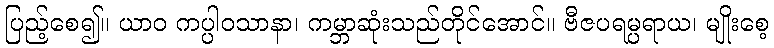
ပြည့်စေ၍။ ယာဝ ကပ္ပါဝသာနာ၊ ကမ္ဘာဆုံးသည်တိုင်အောင်။ ဗီဇပရမ္ပရာယ၊ မျိုးစေ့